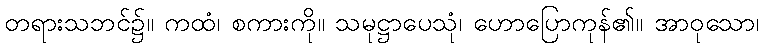
တရားသဘင်၌။ ကထံ၊ စကားကို။ သမုဋ္ဌာပေသုံ၊ ဟောပြောကုန်၏။ အာဝုသော၊